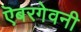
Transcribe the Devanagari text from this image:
ऎबरगेवनी